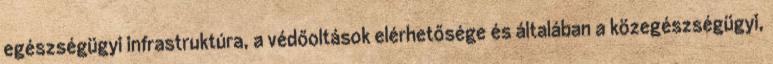
egészségügyi infrastruktúra, a védőoltások elérhetősége és általában a közegészségügyi,